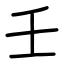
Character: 壬